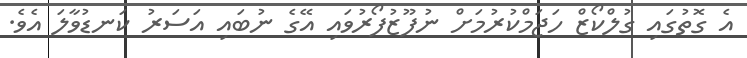
އެ ގޮތުގައި ގުލްކޯޒް ހަޖަމްކުރުމަށް ނުފޫޒުފޯރުވައި އޭގެ ނުބައި އަސަރު ކަނޑުވާލަ އެވެ.